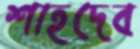
শাহদেব